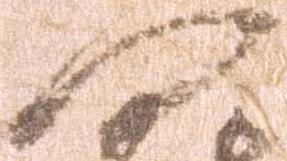
門